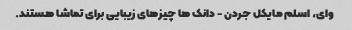
وای، اسلم مایکل جردن - دانک ها چیزهای زیبایی برای تماشا هستند.